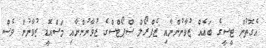
އެގޮތުން ޓީސީގެ ބައެއް ޒުވާނުންނާއި ޒެފްރޯލް ސްޕޯޓްސްގެ ޒުވާނުންނާއި މަސްއޮޑީ ޒުވާނުން ވެސް